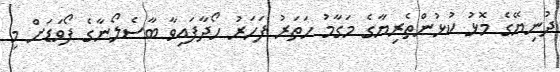
ދުނިޔޭގެ މޮޅު ކުޅުންތެރިޔާގެ މަގާމު ހަތަރު ފަހަރު ހޯދާފައިވާ ބާސެލޯނާގެ ފޯވަޑަށް މި